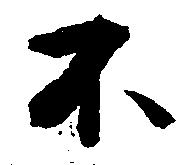
不